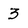
Character: 3